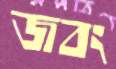
জবং